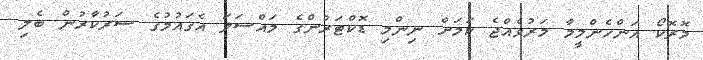
މޮރޮކޯ އަންހެންމީމާ މަރުވެއްޖެ ކަމަށް ނިންމި ޑޮކްޓަރުންގެ މައްސަލަ އެގައުމުގެ ސަރުކާރުން ބެލި